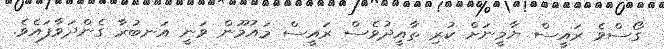
ގޯސްވެ ރައީސް ޔާމީނަށް ކުރި ތާއީދުވެސް ރައީސް މައުމޫން ވަނީ އަނބުރާ ގެންދަވާފައެވެ.